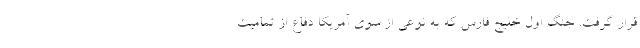
قرار گرفت. جنگ اول خلیج فارس که به نوعی از سوی آمریکا دفاع از تمامیت